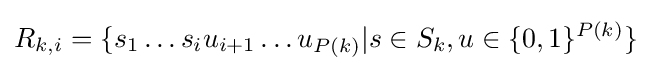
R_{k,i}=\{s_{1}\ldots s_{i}u_{i+1}\ldots u_{P(k)}|s\in S_{k},u\in \{0,1\}^{P(k)}\}